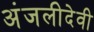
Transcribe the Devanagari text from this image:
अंजलीदेवी